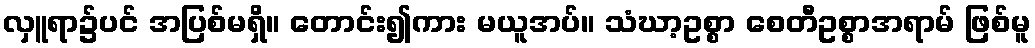
လှူရာ၌ပင် အပြစ်မရှိ။ တောင်း၍ကား မယူအပ်။ သံဃာ့ဥစ္စာ စေတီဥစ္စာအရာမ် ဖြစ်မူ